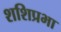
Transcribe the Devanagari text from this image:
शशिप्रभा